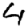
Digit: 4